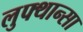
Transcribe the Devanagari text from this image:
लुफ्थान्सा